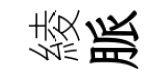
綾脈